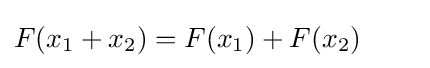
F(x_{1}+x_{2})=F(x_{1})+F(x_{2})\qquad